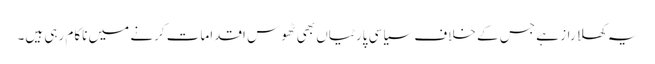
یہ کھلا راز ہے جس کے خلاف سیاسی پارٹیاں بھی ٹھوس اقدامات کرنے میں ناکام رہی ہیں۔